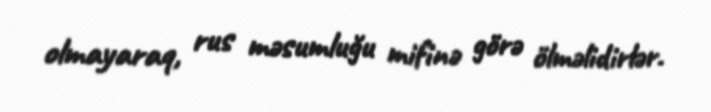
olmayaraq, rus məsumluğu mifinə görə ölməlidirlər.